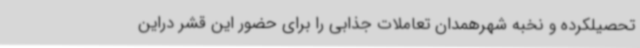
تحصیلکرده و نخبه شهرهمدان تعاملات جذابی را برای حضور این قشر دراین